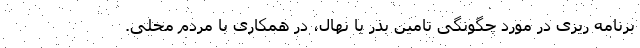
برنامه ریزی در مورد چگونگی تامین بذر یا نهال، در همکاری با مردم محلی.